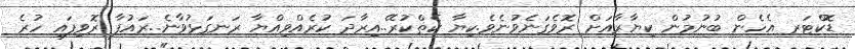
ޑޮކްޓަރ އެހެން ބުނުމުން ކިޔާރާއަށް ރޮވެގަނެވުނެވެ.ކިޔާ ކެތްކުރޭ..އިރާދަ ކުރެއްވިއްޔާ ރަނގަޅުވާނެ..ރައުފާ ރޮވިފައި ހުރެ